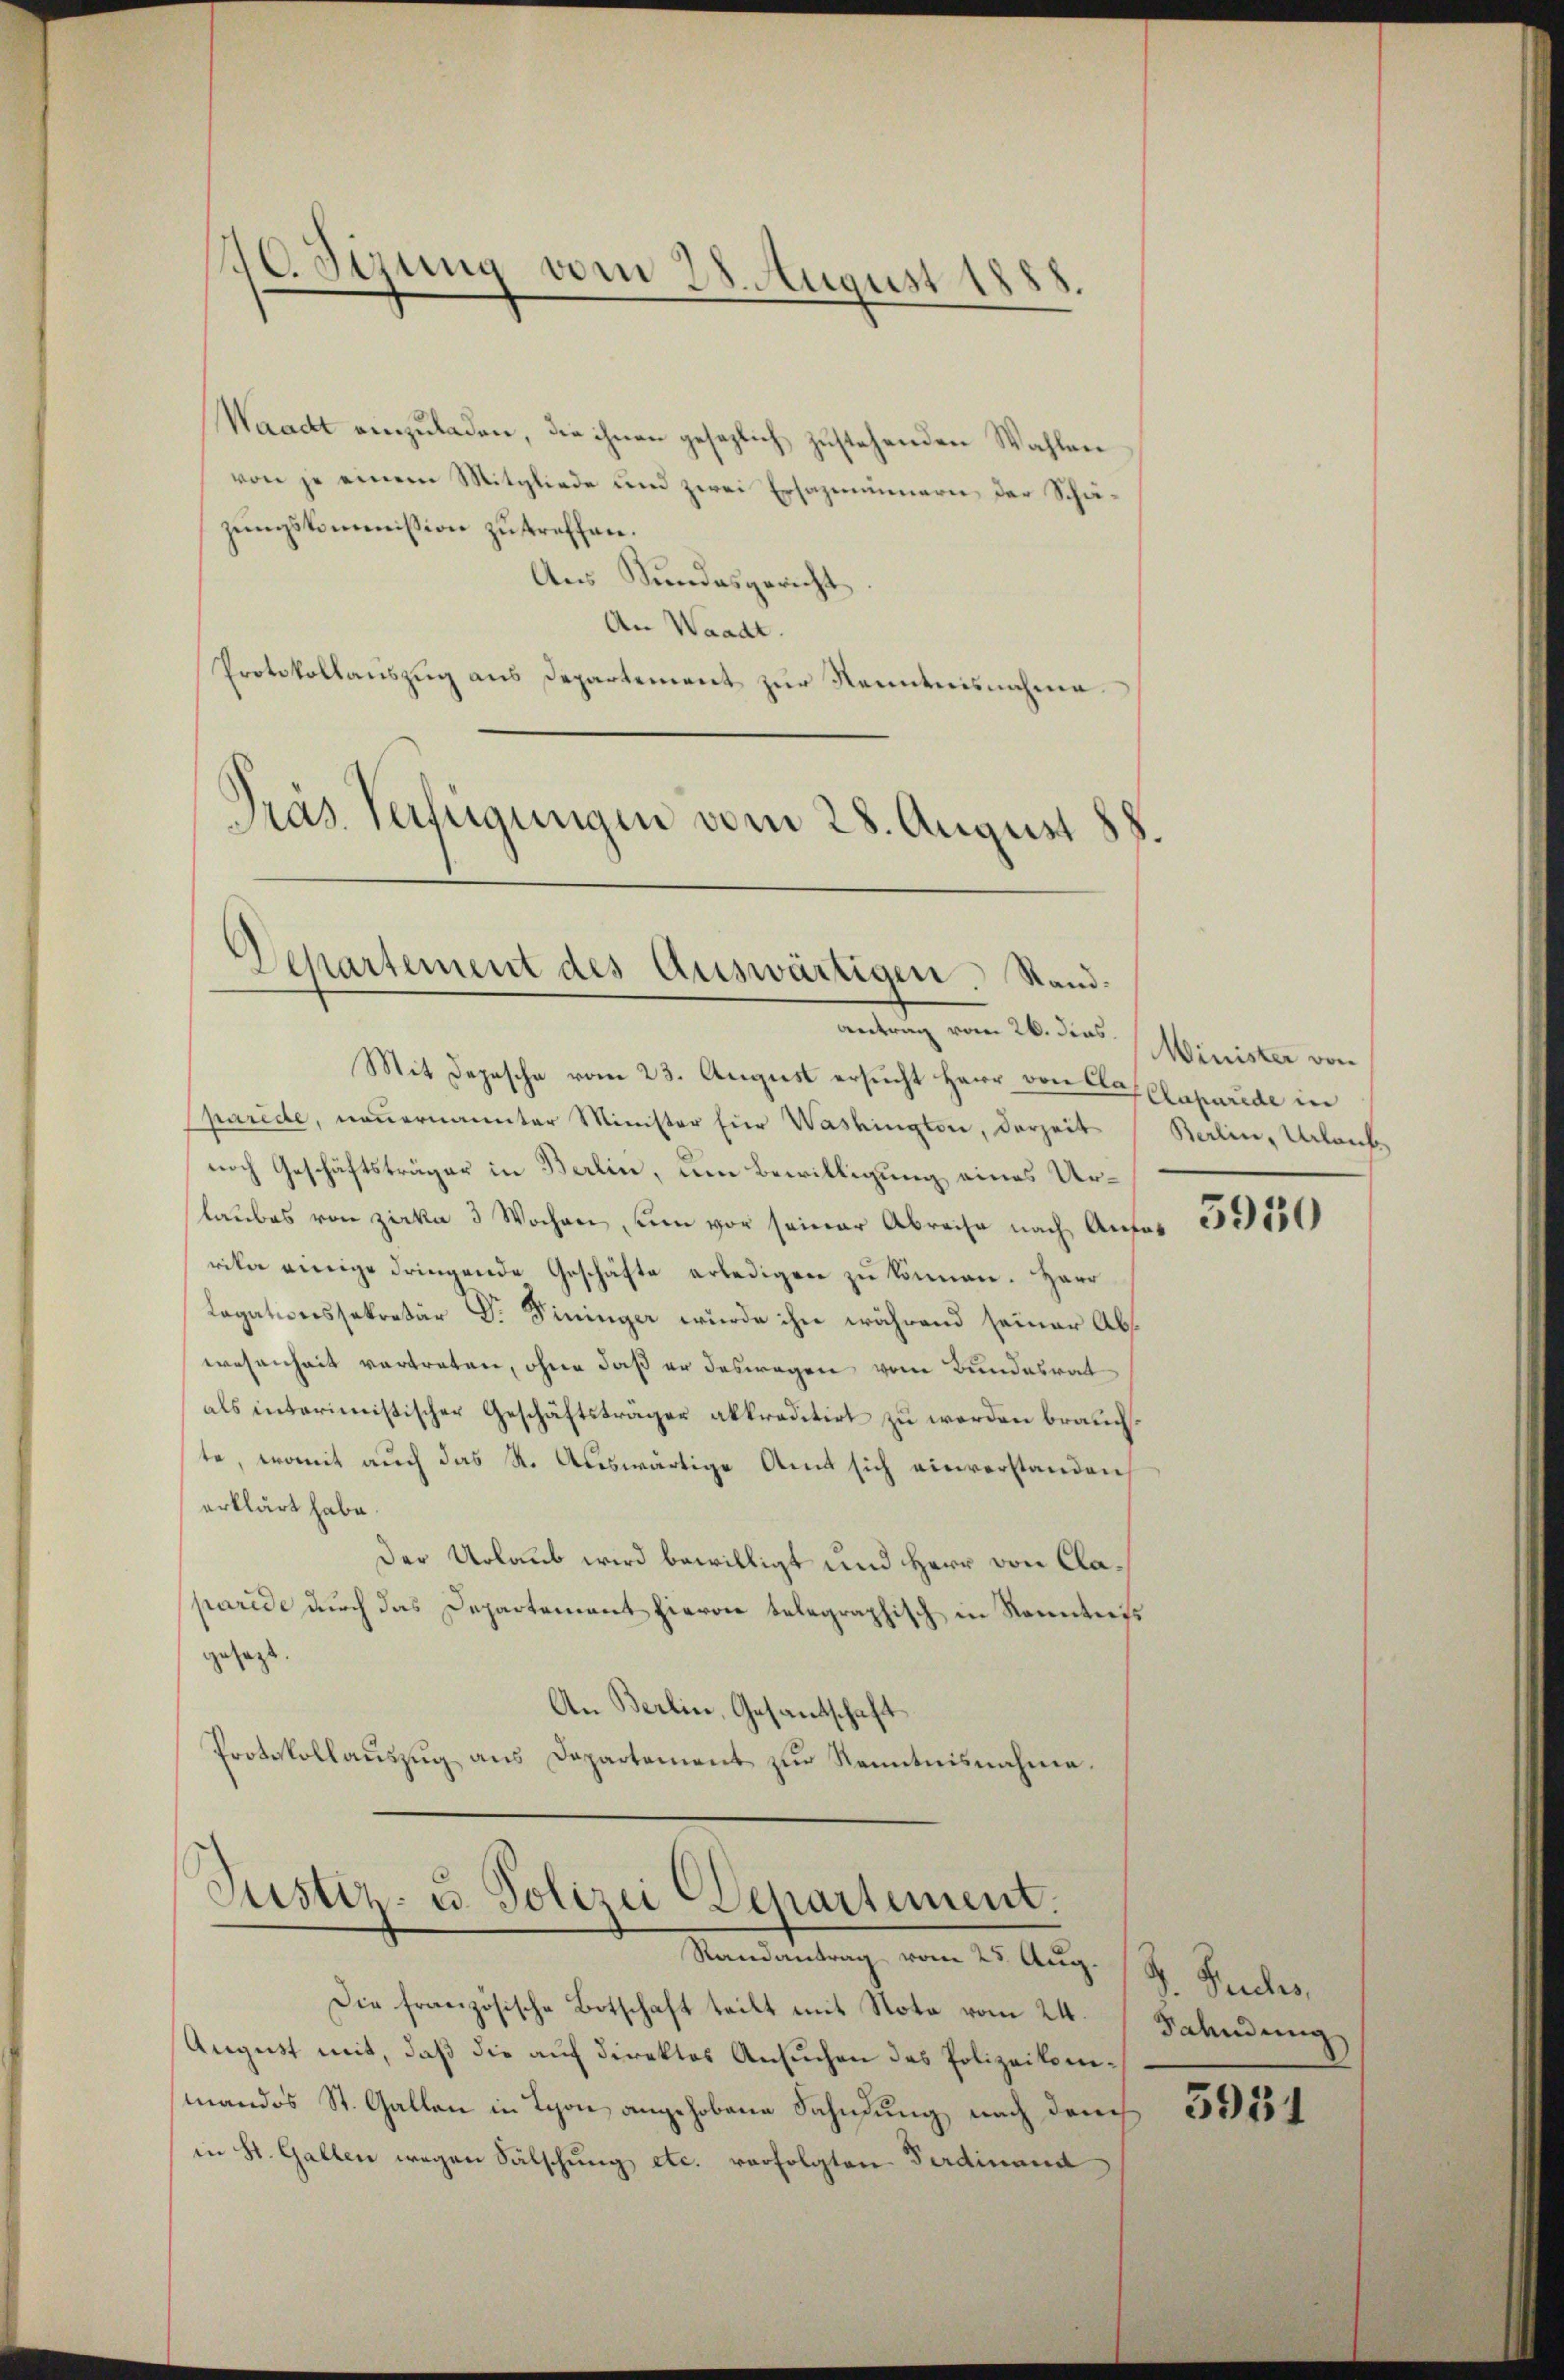
170. Sizung vom 28. August 1888.

Departement des Auswärtigen. Standantrag vom 26. dens.

Waackt einzŭladen, die ihnen gesezlich zustehenden Wahlen
von je einem Mitgliede und zwei Ersazimmern, der Schäzungskommission zu treffen.
Aus Kundesgericht
An Waadt.
Protokollauszug aus Departement zur Kenntnisnahme.
Präs. Verfügungen vom 28. August 88.

Mit Depesche vom 23. August ersucht Herr von Cla Caparde in
paride, neuernannter Minister für Washingten, derzeit
noch Geschäftsträger in Berlin, um Bewilligung eines Urlaubes von Zirka 3 Wochen, um vor seiner Abreise nach Anfor
rika venige dringende Geschäfte erledigen zu können. Herr
Lagationssekretär Dr. Fininger wurde ihn während seiner Abswesenheit vertreten, ohne daß er deswegen vom Bundesrat
als interimistischer Geschäftsträger akkreditirt zu werden brauchte, womit auch das K. Auswärtige Amt sich einverstanden
erklärt habe.
Der Urlaub wird bewilligt und Herr von Claparide dŭrch das Departement hievon telegraphisch in Sonntes
gesagt.
An Berlin, Gesantschaft
Protokollaŭszŭg ans Departement zŭr Kenntnisnahme.

Justiz- u. Polizei Departement.
Randantrag vom 25. Aug.

Die französische Botschaft teilt mit Nota vom 24.
August mit, daß die auf direktor Ansuchen des Polizeikommandos St. Gallen in Lyon angehobene Fahndung nach den
in St. Gallen wegen Sälschung etc. verfolgten Ferdinand

Minister von
Berlin, Urlaub

5950

J. Truches,
Fahndung

5931